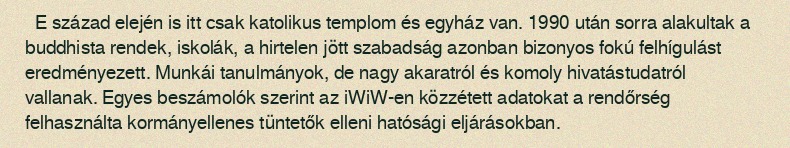
E század elején is itt csak katolikus templom és egyház van. 1990 után sorra alakultak a buddhista rendek, iskolák, a hirtelen jött szabadság azonban bizonyos fokú felhígulást eredményezett. Munkái tanulmányok, de nagy akaratról és komoly hivatástudatról vallanak. Egyes beszámolók szerint az iWiW-en közzétett adatokat a rendőrség felhasználta kormányellenes tüntetők elleni hatósági eljárásokban.